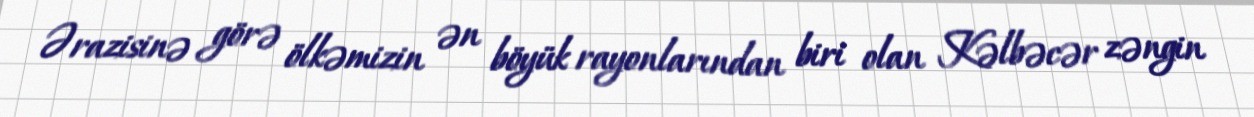
Ərazisinə görə ölkəmizin ən böyük rayonlarından biri olan Kəlbəcər zəngin